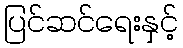
ပြင်ဆင်ရေးနှင့်